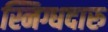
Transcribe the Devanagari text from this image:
स्निग्धदारु